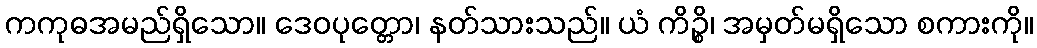
ကကုဓအမည်ရှိသော။ ဒေဝပုတ္တော၊ နတ်သားသည်။ ယံ ကိဉ္စိ၊ အမှတ်မရှိသော စကားကို။